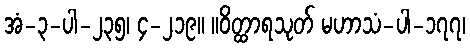
အံ-၃-ပါ-၂၃၅၊ ၄-၂၁၉။ ။ဝိတ္ထာရသုတ် မဟာသံ-ပါ-၁၇၇၊